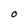
Character: O